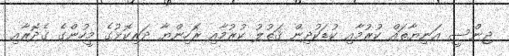
ޖިންސީ އަނިޔާތައް ކުރުމާއި ކުޑަކުދިން ޤަތުލު ކުރުމާއި ރޮހިންޔާ ދަރިކޮޅުގެ މީހުންގެ ގެދޮރާއި